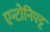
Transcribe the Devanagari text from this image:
एन्टोनिएट्ट